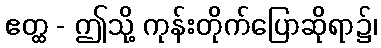
ဧတ္ထ - ဤသို့ ကုန်းတိုက်ပြောဆိုရာ၌၊